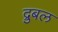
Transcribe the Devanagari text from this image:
द्रुबल